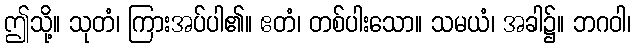
ဤသို့။ သုတံ၊ ကြားအပ်ပါ၏။ ဧတံ၊ တစ်ပါးသော။ သမယံ၊ အခါ၌။ ဘဂဝါ၊